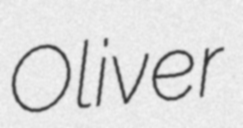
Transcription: Oliver